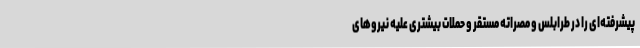
پیشرفته‌ای را در طرابلس و مصراته مستقر و حملات بیشتری علیه نیروهای